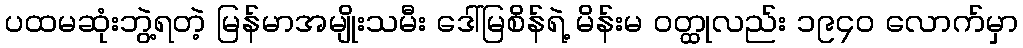
ပထမဆုံးဘွဲ့ရတဲ့ မြန်မာအမျိုးသမီး ဒေါ်မြစိန်ရဲ့ မိန်းမ ဝတ္ထုလည်း ၁၉၄၀ လောက်မှာ